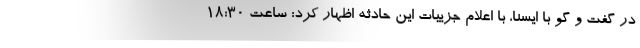
در گفت و گو با ایسنا، با اعلام جزییات این حادثه اظهار کرد: ساعت ۱۸:۳۰